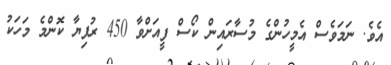
އެވެ. ނަަމަވެސް އެމީހުންގެ މުސާރައިން ކޯސް ފީއަށްވާ 450 ރުފިޔާ ކޮންމެ މަހަކު